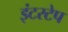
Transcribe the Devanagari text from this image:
इंटरटेप